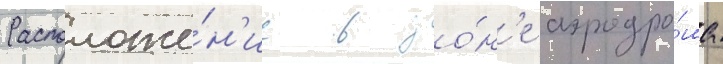
Расположе́н'ие в зо́н'е аэродро́ма